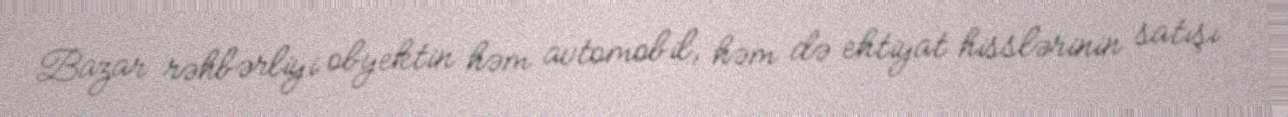
Bazar rəhbərliyi obyektin həm avtomobil, həm də ehtiyat hisslərinin satışı